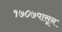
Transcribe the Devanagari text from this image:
१७०७पासून